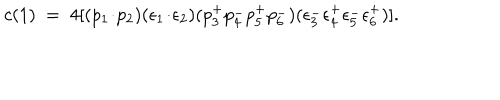
c ( 1 ) ~ = ~ 4 [ ( p _ { 1 } \! \cdot \! p _ { 2 } ) ( \epsilon _ { 1 } \! \cdot \! \epsilon _ { 2 } ) ( p _ { 3 } ^ { + } p _ { 4 } ^ { - } p _ { 5 } ^ { + } p _ { 6 } ^ { - } ) ( \epsilon _ { 3 } ^ { - } \epsilon _ { 4 } ^ { + } \epsilon _ { 5 } ^ { - } \epsilon _ { 6 } ^ { + } ) ] .